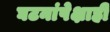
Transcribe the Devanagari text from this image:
घटनांपेक्षाही